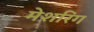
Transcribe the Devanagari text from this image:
मेशरिंग